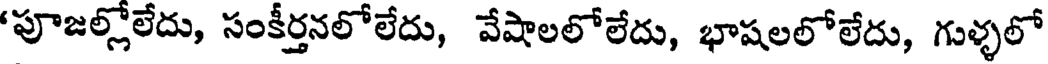
'పూజల్లోలేదు, సంకీర్తనలోలేదు, వేషాలలోలేదు, భాషలలోలేదు, గుళ్ళలో